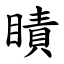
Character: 瞔